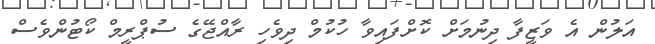
އަލުން އެ ވަޒީފާ ދިނުމަށް ކޮށްފައިވާ ހުކުމް ދިވެހި ރާއްޖޭގެ ސުޕްރީމް ކޯޓުންވެސް